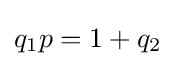
q_{1}p=1+q_{2}